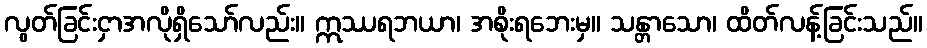
လွတ်ခြင်းငှာအလိုရှိသော်လည်း။ ဣဿရဘယာ၊ အစိုးရဘေးမှ။ သန္တာသော၊ ထိတ်လန့်ခြင်းသည်။